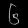
Digit: ၆